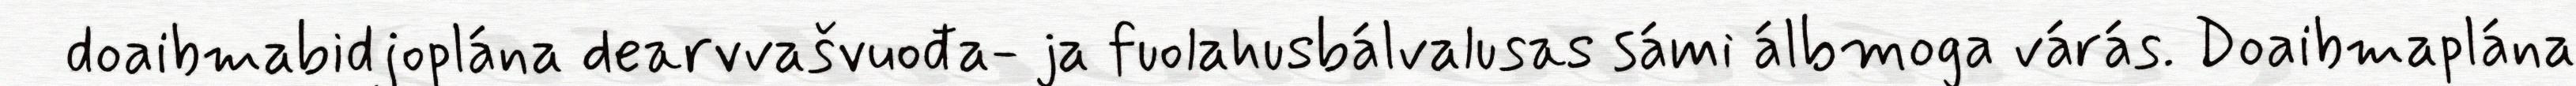
doaibmabidjoplána dearvvašvuođa- ja fuolahusbálvalusas sámi álbmoga várás. Doaibmaplána